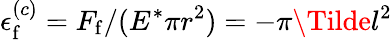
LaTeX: \epsilon_{\mathrm{f}}^{(c)}={F_{\mathrm{f}}}/({E^{*}\pi r^{2}})=-\pi\Tilde{l}^{2}